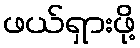
ဖယ်ရှားဖို့